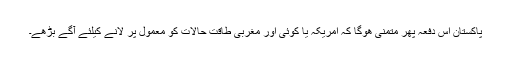
پاکستان اس دفعہ پھر متمنی ھوگا کہ امریکہ یا کوئی اور مغربی طاقت حالات کو معمول پر لانے کیلئے آگے بڑھے۔